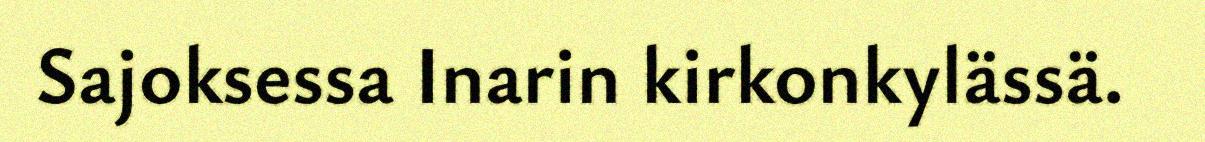
Sajoksessa Inarin kirkonkylässä.